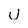
Character: u